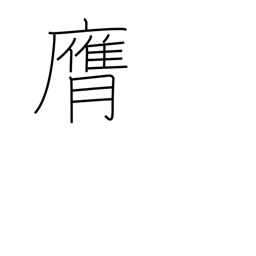
Meaning: strike